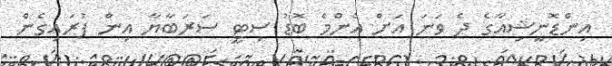
އިންޑޮނީޝިއާގެ ދެ ވަނަ އަށް އެންމެ ބޮޑު ސިޓީ ސަރަބާޔާ އިން ފުރައިގެން